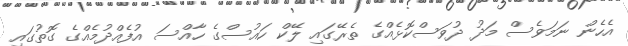
އެހެން ނަމަވެސް މަދު ދުވަސްކޮޅެއްގެ ތެރޭގައި ލޭކް ހައުސްގެ ހާއްސަ އުފެއްދުމެއްގެ ގޮތުގައި